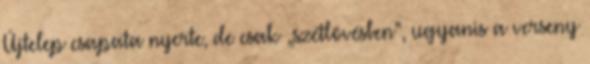
Újtelep csapata nyerte, de csak „szétlövésben”, ugyanis a verseny